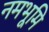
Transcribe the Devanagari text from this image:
नमभूमि